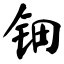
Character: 钿